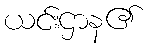
ယင်းဌာန၏